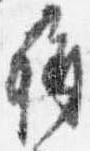
称